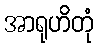
အာရုဟိတုံ